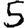
Digit: 5